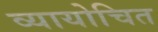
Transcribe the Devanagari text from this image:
व्यायोचित